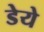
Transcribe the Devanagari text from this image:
डेये